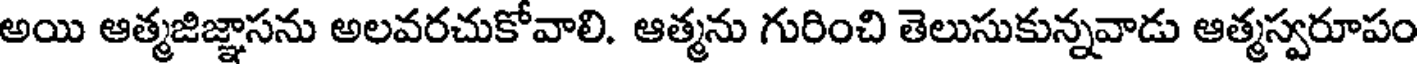
అయి ఆత్మజిజ్ఞాసను అలవరచుకోవాలి. ఆత్మను గురించి తెలుసుకున్నవాడు ఆత్మస్వరూపం